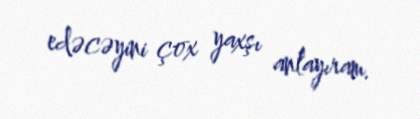
edəcəyini çox yaxşı anlayıram.